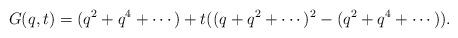
LaTeX: \begin{align*} G(q,t) &= (q^2+q^4+\cdots) + t((q+q^2+\cdots)^2-(q^2+q^4+\cdots)). \end{align*}